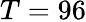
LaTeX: T=96